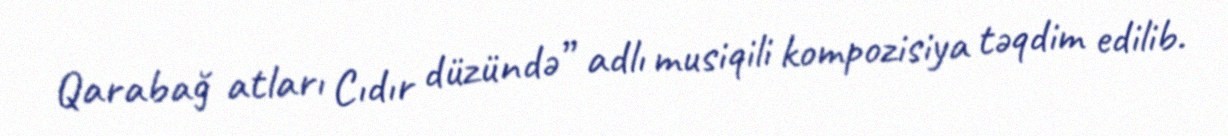
Qarabağ atları Cıdır düzündə” adlı musiqili kompozisiya təqdim edilib.